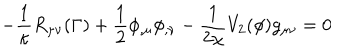
LaTeX: - \frac { 1 } { \kappa } R _ { \mu \nu } ( { \Gamma } ) + \frac { 1 } { 2 } \phi _ { , \mu } \phi _ { , \nu } - \frac { 1 } { 2 \chi } V _ { 2 } ( \phi ) g _ { \mu \nu } = 0